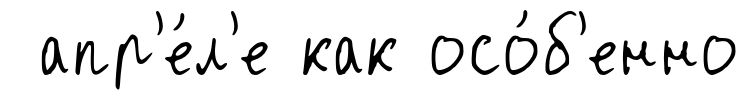
апр'е́л'е как осо́б'енно